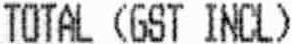
TOTAL (GST INCL)